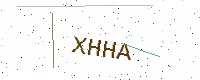
Text: XHHA